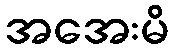
အအေးမိ